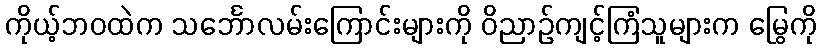
ကိုယ့်ဘဝထဲက သင်္ဘောလမ်းကြောင်းများကို ဝိညာဉ်ကျင့်ကြံသူများက မြွေကို